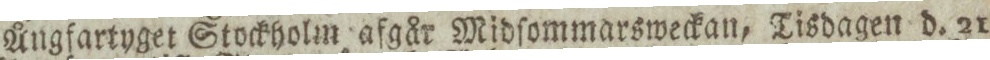
Ångfartyget Stockholm afgår Midſommarsweckan, Tisdagen d. 21